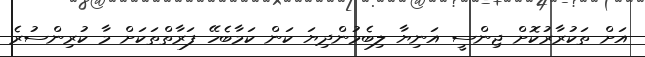
އަށް ތަކުރާރުކޮށް ޖިންސީ އަނިޔާ ލިބެމުންދިޔަ ކަން ކަމާބެހޭ ފަރާތްތަކަށް މާ ކުރިންސުރެ